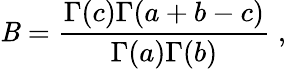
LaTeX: \mathit{B}=\frac{{\Gamma(c)\Gamma(a+b-c)}}{{\Gamma(a)\Gamma(b)}}\; ,